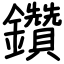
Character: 鑽